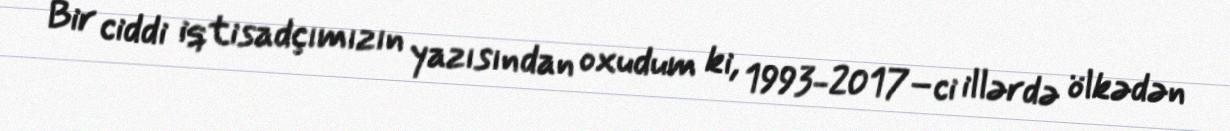
Bir ciddi iqtisadçımızın yazısından oxudum ki, 1993-2017–ci illərdə ölkədən